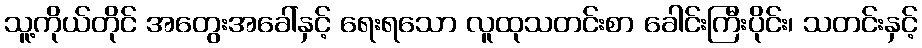
သူ့ကိုယ်တိုင် အတွေးအခေါ်နှင့် ရေးရသော လူထုသတင်းစာ ခေါင်းကြီးပိုင်း၊ သတင်းနှင့်